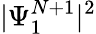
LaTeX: |\Psi_{1}^{N+1}|^{2}